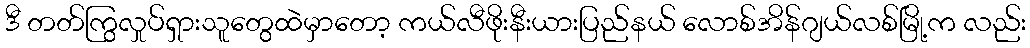
ဒီ တတ်ကြွလှုပ်ရှားသူတွေထဲမှာတော့ ကယ်လီဖိုးနီးယားပြည်နယ် လောစ်အိန်ဂျယ်လစ်မြို့က လည်း